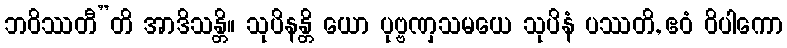
ဘဝိဿတီ”တိ အာဒိသန္တိ။ သုပိနန္တိ ယော ပုဗ္ဗဏှသမယေ သုပိနံ ပဿတိ, ဧဝံ ဝိပါကော